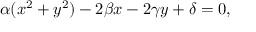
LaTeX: \alpha ( x ^ { 2 } + y ^ { 2 } ) - 2 \beta x - 2 \gamma y + \delta = 0 ,